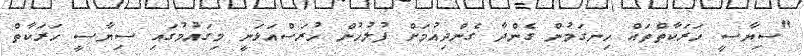
"ސިޔާސީ ހަރަކާތްތައް ހިނގަމުން ގެންދާ ގެންދިއުމަށް ފުލުހުން ހުރަސްއަޅަނީ މިގައުމުގައި ސިޔާސީ ހަރަކާތް